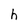
Character: h